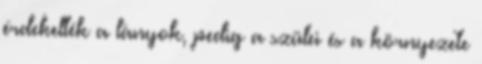
érdekelték a lányok, pedig a szülei és a környezete